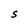
Character: S